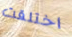
اختلقت